Report on the Nagpur School of Medicine, Central Provinces
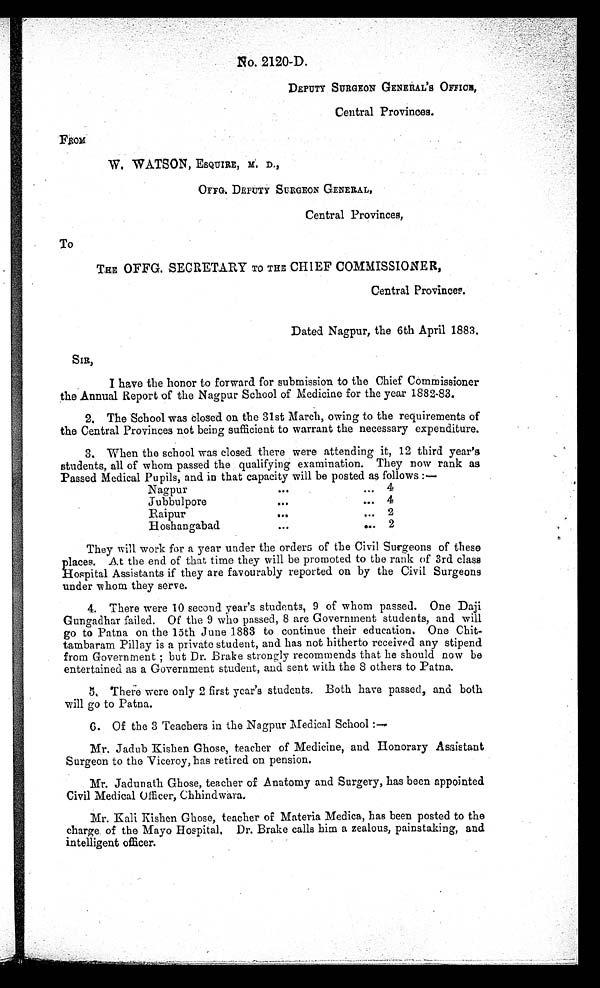
No. 2120-D.
DEPUTY SURGEON GENERAL 'S OFFICR,
Central Provinces.
FROM
W. WATSON, ESQUIRE, M. D.,
O F F G . D E P U T Y S U R G E O N G E N E R A L ,
Central Provinces,
To
THE OFFG. SECRETARY TO THE CHIEF COMMISSIONER,
Central Provinces.
Dated Nagpur, the 6th April 1883.
SIR,
I have the honor to forward for submission to the Chief Commissioner
the Annual Report of the Nagpur School of Medicine for the year 1882-83.
2. The School was closed on the 31st March, owing to the requirements of
the Central Provinces not being sufficient to warrant the necessary expenditure.
3. When the school was closed there were attending it, 12 third year's
students, all of whom passed the qualifying examination. They now rank as
Passed Medical Pupils, and in that capacity will be posted as follows :—
Nagpur
...
. . .
4
jubbulpore
...
. . .
4
Raipur
...
... 2
Hoshangabad
...
. . . 2
They will work for a year under the orders of the Civil Surgeons of these
places. At the end of that time they will be promoted to the rank of 3rd class
Hospital Assistants if they are favourably reported on by the Civil Surgeons
under whom they serve.
4. There were 10 second year's students, 9 of whom passed. One Daji
Gungadhar failed. Of the 9 who passed, 8 are Government students, and will
go to Patna on the 15th June 1883 to continue their education. One
Chit-tambaram Pillay is a private student, and has not hitherto received any stipend
from Government; but Dr. Brake strongly recommends that he should now be
entertained as a Government student, and sent with the 8 others to Patna.
5. There were only 2 first year's students. Both have passed, and both
will go to Patna.
6. Of the 3 Teachers in the Nagpur Medical School :—
Mr. Jadub Kishen Ghose, teacher of Medicine, and Honorary Assistant
Surgeon to the Viceroy, has retired on pension.
Mr. Jadunath Ghose, teacher of Anatomy and Surgery, has been appointed
Civil Medical Officer, Chhindwara.
Mr. Kali Kishen Ghose, teacher of Materia Medica, has been posted to the
charge of the Mayo Hospital. Dr. Brake calls him a zealous, painstaking, and
intelligent officer.